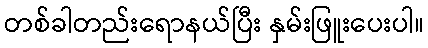
တစ်ခါတည်းရောနယ်ပြီး နှမ်းဖြူးပေးပါ။